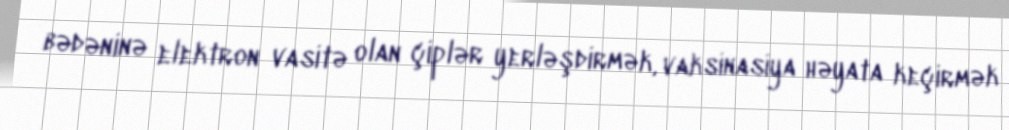
bədəninə elektron vasitə olan çiplər yerləşdirmək, vaksinasiya həyata keçirmək